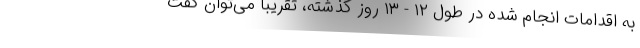
به اقدامات انجام شده در طول ۱۲ - ۱۳ روز گذشته، تقریبا می‌توان گفت